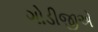
ગોડીજીએ